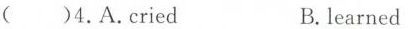
( )4.A.Cried B.learned